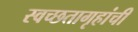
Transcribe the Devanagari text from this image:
स्वच्छतागृहांची